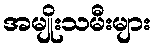
အမျိုးသမီးများ